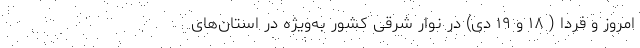
امروز و فردا ( ۱۸ و ۱۹ دی) در نوار شرقی کشور به‌ویژه در استان‌های